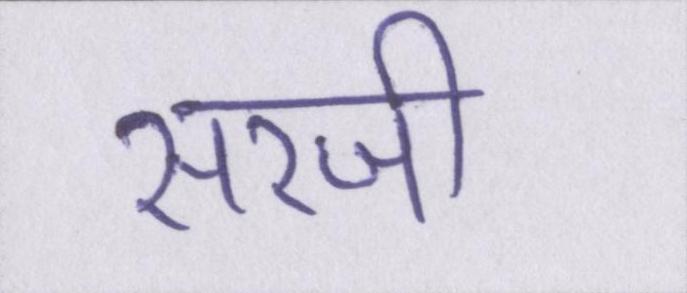
सरजी